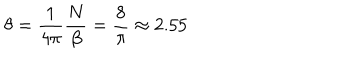
LaTeX: \theta = \frac { 1 } { 4 \pi } \frac { N } { \beta } = \frac { 8 } { \pi } \approx 2 . 5 5